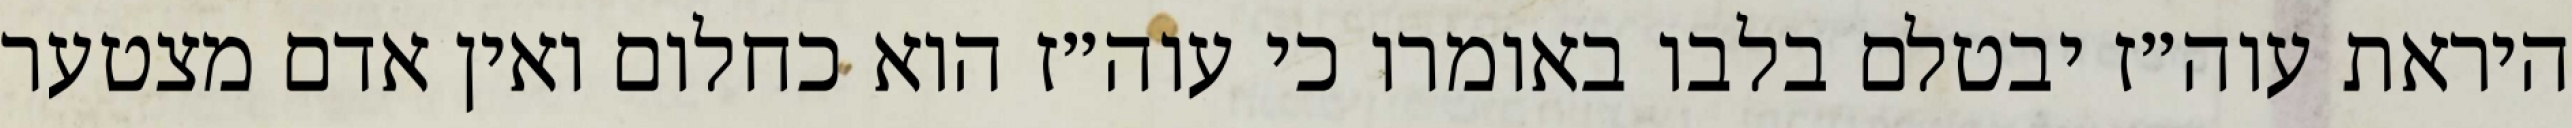
היראת עוה״ז יבטלם בלבו באומרו כי עוה״ז הוא כחלום ואין אדם מצטער